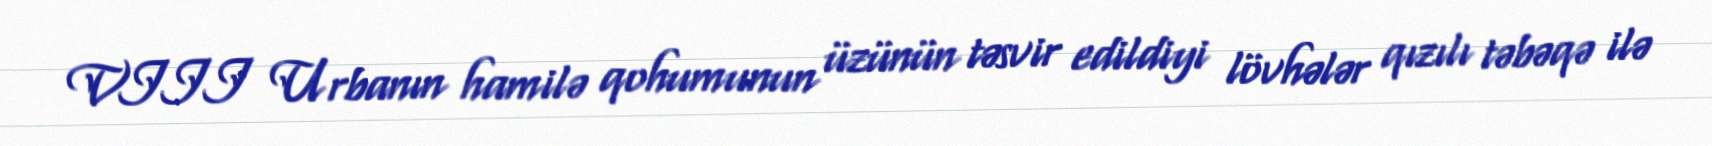
VIII Urbanın hamilə qohumunun üzünün təsvir edildiyi lövhələr qızılı təbəqə ilə